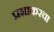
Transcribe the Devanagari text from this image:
प्रभाकरचा